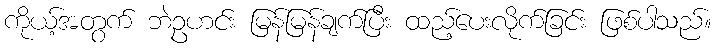
ကိုယ့်အတွက် ဘဲဥဟင်း မြန်မြန်ချက်ပြီး ထည့်ပေးလိုက်ခြင်း ဖြစ်ပါသည်။